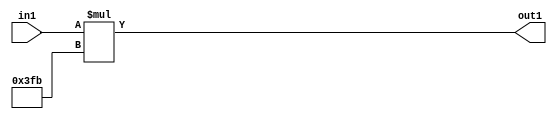
`timescale 1ps / 1ps
/*****************************************************************************
    Verilog RTL Description
    
    
    Created by: Stratus DpOpt 21.05.01 
*******************************************************************************/

module SobelFilter_Mul2iLLu24_1 (
	in1,
	out1
	); /* architecture "behavioural" */ 
input [23:0] in1;
output [33:0] out1;
wire [33:0] asc001;

assign asc001 = 
	+(in1 * 34'B0000000000000000000000001111111011);

assign out1 = asc001;
endmodule

/* CADENCE  ubTwQwE= : u9/ySxbfrwZIxEzHVQQV8Q== ** DO NOT EDIT THIS LINE ******/